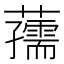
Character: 𧃨